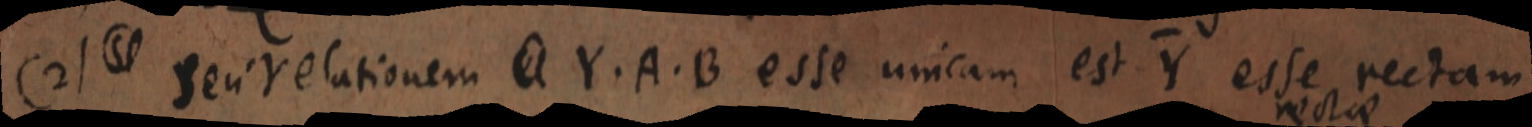
(2) seu relationem a Y. A. B. esse unicam est Y esse rectam